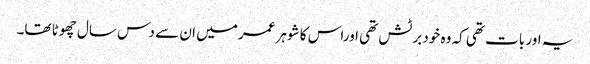
یہ اور بات تھی کہ وہ خود برٹش تھی اوراس کا شوہر عمر میں ان سے دس سال چھوٹا تھا۔